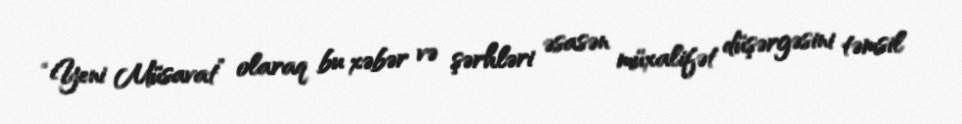
“Yeni Müsavat” olaraq bu xəbər və şərhləri əsasən müxalifət düşərgəsini təmsil